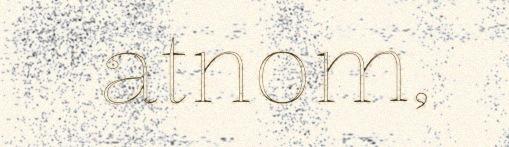
atnom,